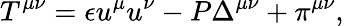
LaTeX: T^{\mu\nu}=\epsilon u^{\mu}u^{\nu}-P\Delta^{\mu\nu}+\pi^{\mu\nu},